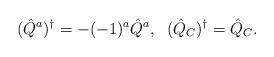
LaTeX: \begin{align*}(\hat{Q}^a)^{\dagger}=-(-1)^a\hat{Q}^a,\;\;(\hat{Q}_C)^{\dagger}= \hat{Q}_C.\end{align*}